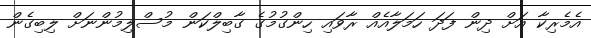
އެމެރިކާ އަށް ދިން ފަދަ ހަމަލާއެއް ރާވައި ހިންގުމުގެ ގާބިލްކަން މުސްލިމުންނަށް ލިބިގެން